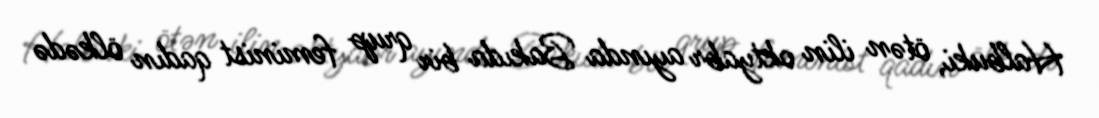
Halbuki, ötən ilin oktyabr ayında Bakıda bir qrup feminist qadın ölkədə